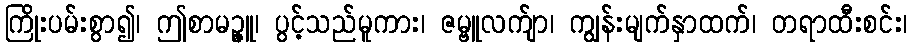
ကြိုးပမ်းစွာ၍၊ ဤစာမဉ္ဇူ၊ ပွင့်သည်မူကား၊ ဇမ္ဗူလက်ျာ၊ ကျွန်းမျက်နှာထက်၊ တရာထီးစင်း၊